Civil Veterinary Dept. North-West Frontier Province 1901-22 - 1901-1922
Year: 1901
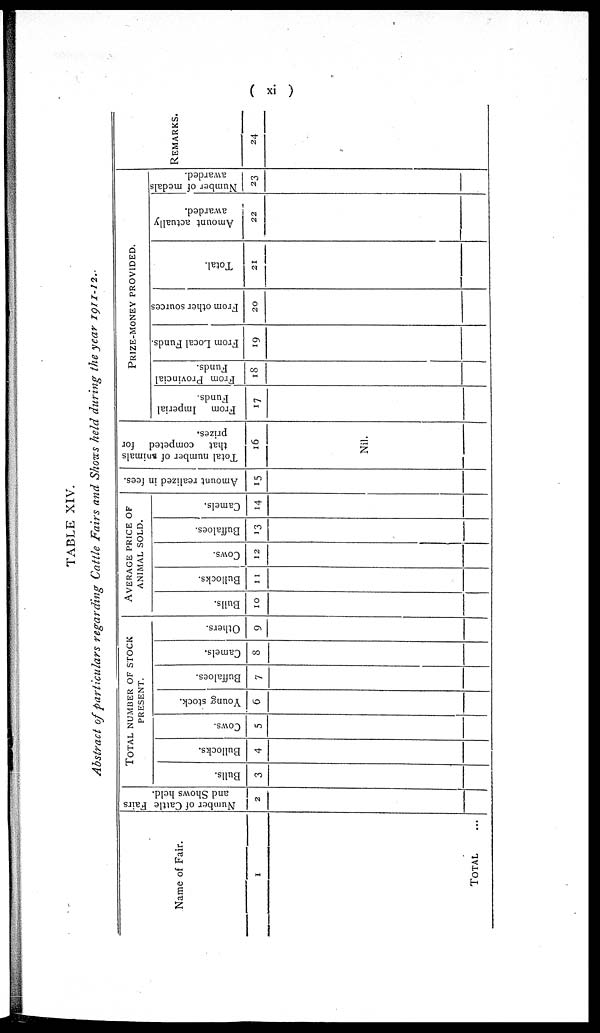
( xi )
TABLE XIV.
Abstract of particulars
regarding Cattle Fairs and Shows held during the year 1911-12.
Name of Fair.
1
TOTAL ...
Number of Cattle Fairs
and Shows held.
2
TOTAL NUMBER OF STOCK
PRESENT.
Bulls.
3
Bullocks.
4
Cows.
5
Young stock.
6
Buffaloes.
7
Camels.
8
Others.
9
AVERAGE PRICE OF
ANIMAL SOLD.
Bulls.
10
Bullocks.
11
Cows.
12
Buffaloes.
13
Camels.
14
Amount realized in fees.
15
Total number of animals
that competed for
prizes.
16
Nil.
PRIZE-MONEY PROVIDED.
From
Imperial
Funds.
17
From Provincial
Funds.
18
From Local Funds.
19
From other sources
20
Total.
21
Amount actually
awarded.
22
Number of medals
awarded.
23
REMARKS.
24